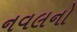
નવલનો